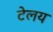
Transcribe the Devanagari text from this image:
टेलय